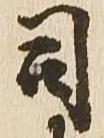
司